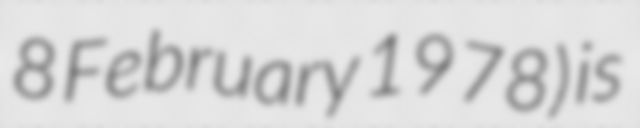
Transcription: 8 February 1978) is